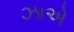
ઝાએ